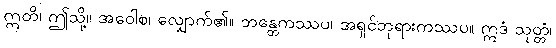
ဣတိ၊ ဤသို့။ အဝေါစ၊ လျှောက်၏။ ဘန္တေကဿပ၊ အရှင်ဘုရားကဿပ။ ဣဒံ သုတ္တံ၊